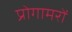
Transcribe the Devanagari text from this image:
प्रोगामरों